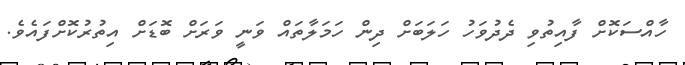
ހާއްސަކޮށް ފާއިތުވި ދެދުވަހު ހަލަބަށް ދިން ހަމަލާތައް ވަނީ ވަރަށް ބޮޑަށް އިތުރުކޮށްފައެވެ.